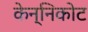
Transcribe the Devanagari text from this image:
केन्निकोट